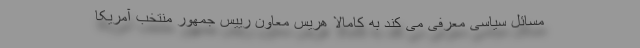
مسائل سیاسی معرفی می کند به کامالا هریس معاون رییس جمهور منتخب آمریکا